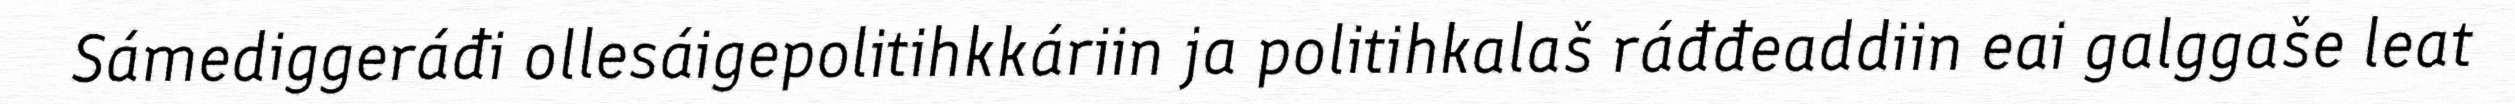
Sámediggeráđi ollesáigepolitihkkáriin ja politihkalaš ráđđeaddiin eai galggaše leat